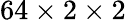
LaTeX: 64\times 2\times 2